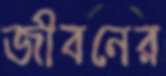
জীবনের